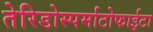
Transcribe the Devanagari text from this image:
तेरिडोस्पर्माटोफाईटा